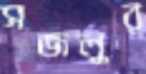
সজলুর